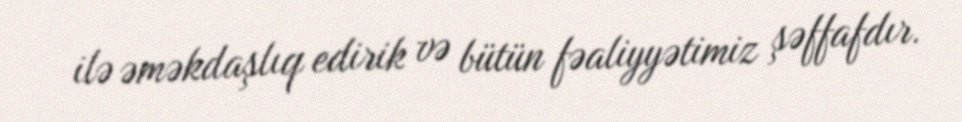
ilə əməkdaşlıq edirik və bütün fəaliyyətimiz şəffafdır.